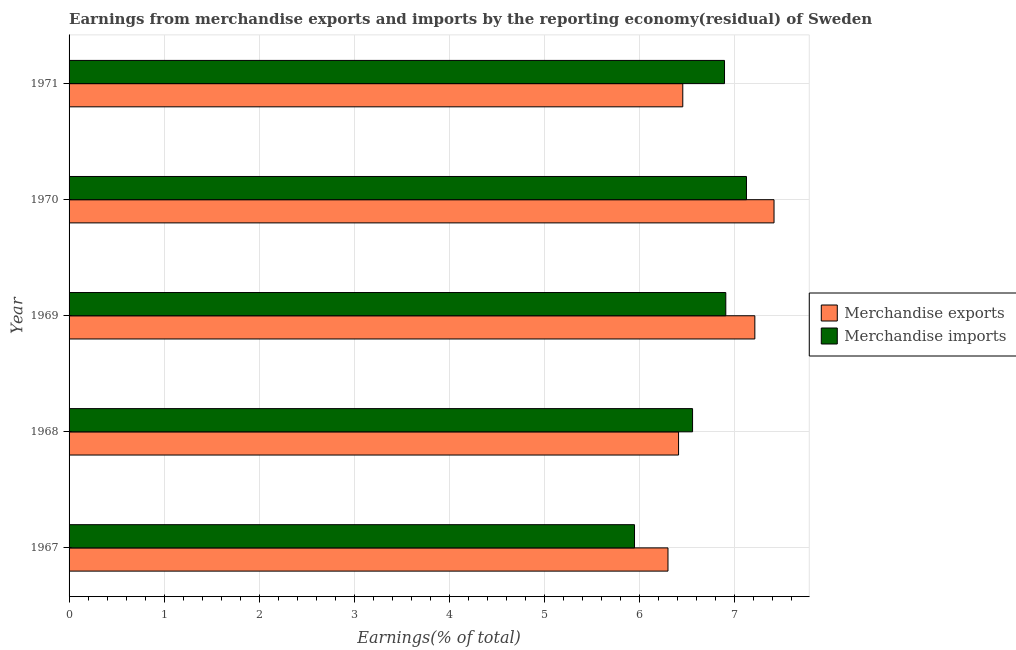
| Year | Merchandise exports | Merchandise imports |
 | --- | --- | --- |
 | 1967 | 6.3 | 5.95 |
 | 1968 | 6.41 | 6.56 |
 | 1969 | 7.22 | 6.91 |
 | 1970 | 7.42 | 7.13 |
 | 1971 | 6.46 | 6.9 |